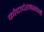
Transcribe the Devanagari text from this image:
कोदादंरमस्वामी